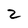
Character: 2